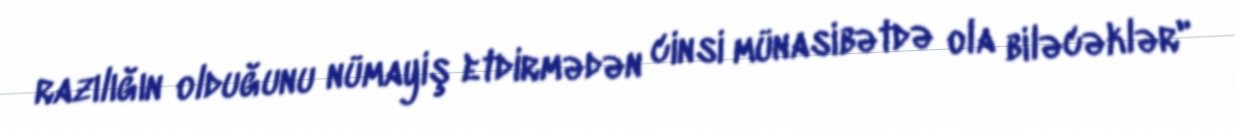
razılığın olduğunu nümayiş etdirmədən cinsi münasibətdə ola biləcəklər"